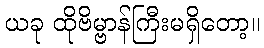
ယခု ထိုဗိမ္ဗာန်ကြီးမရှိတော့။